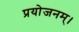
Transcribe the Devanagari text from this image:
प्रयोजनम्।